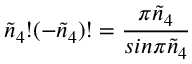
\tilde { n } _ { 4 } ! ( - \tilde { n } _ { 4 } ) ! = { \frac { \pi \tilde { n } _ { 4 } } { s i n \pi \tilde { n } _ { 4 } } }